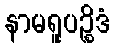
နာမရူပဉ္စိဒံ